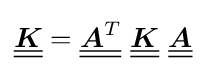
{\underline {\underline {\boldsymbol {K}}}}={\underline {\underline {{\boldsymbol {A}}^{T}}}}~{\underline {\underline {\boldsymbol {K}}}}~{\underline {\underline {\boldsymbol {A}}}}